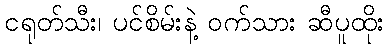
ငရုတ်သီး၊ ပင်စိမ်းနဲ့ ဝက်သား ဆီပူထိုး